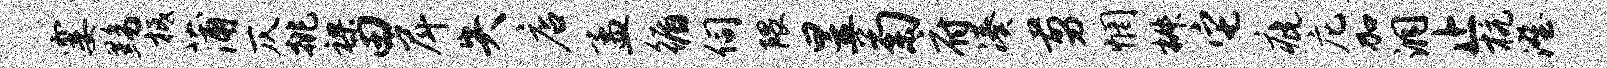
霎黝柢蒲仄挑裸田戽失店孟循伺隈昱菊府凑剪惘椒它疵庀加洞止杭澄